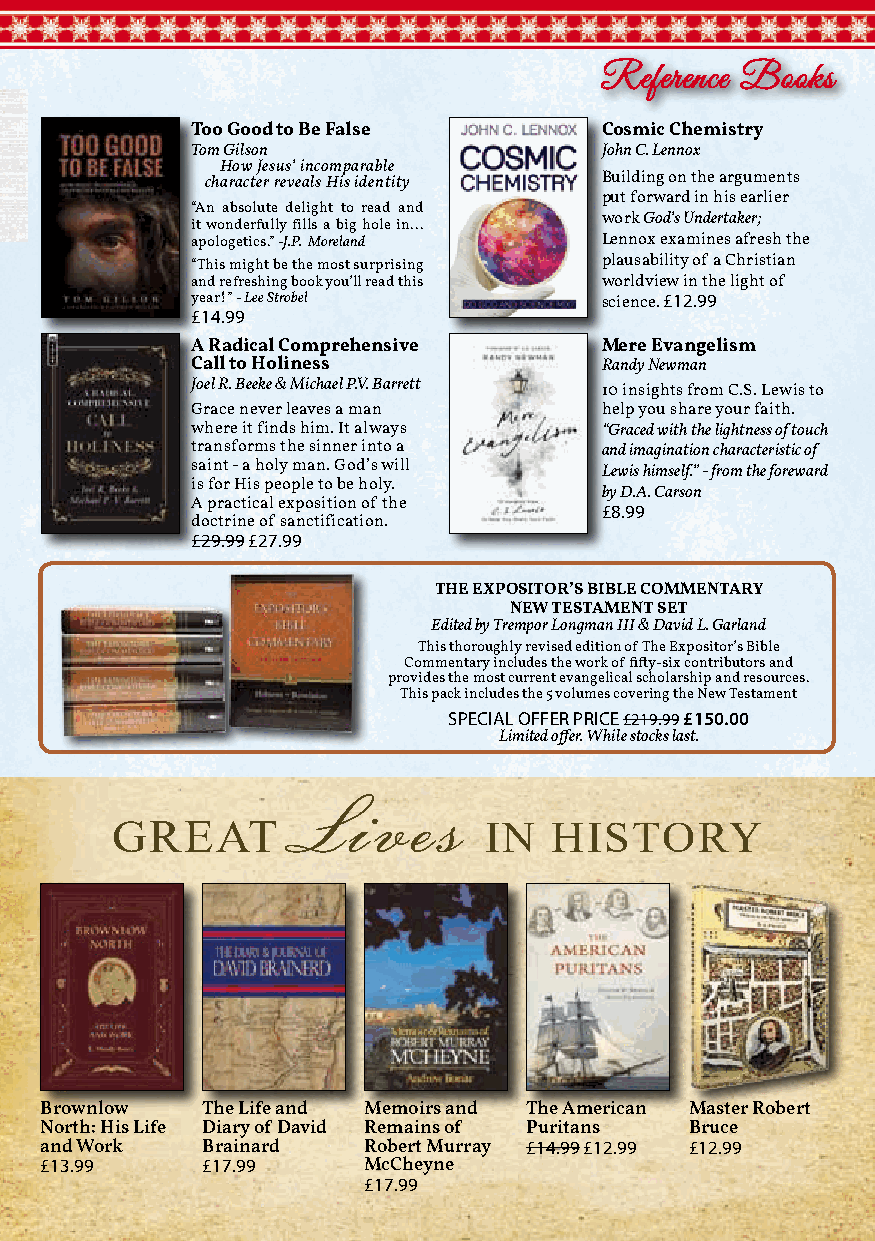
Reference Books
 Too Good to Be False       Cosmic Chemistry
 Tom Gilson                 John C. Lennox
 How Jesus’ incomparable
 character reveals His identity Building on the arguments
 put forward in his earlier
 “An absolute delight to read and
 work God’s Undertaker;
 it wonderfully fills a big hole in...
 apologetics.” -J.P. Moreland Lennox examines afresh the
 “This might be the most surprising plausability of a Christian
 and refreshing book you’ll read this worldview in the light of
 year!” - Lee Strobel       science. £12.99
 £14.99
 A Radical Comprehensive    Mere Evangelism
 Call to Holiness           Randy Newman
 Joel R. Beeke & Michael P.V. Barrett 10 insights from C.S. Lewis to
 Grace never leaves a man   help you share your faith.
 where it finds him. It always “Graced with the lightness of touch
 transforms the sinner into a and imagination characteristic of
 saint - a holy man. God’s will
 Lewis himself.” - from the foreward
 is for His people to be holy.
 by D.A. Carson
 A practical exposition of the £8.99
 doctrine of sanctification.
 £29.99 £27.99
 THE EXpOSITOR’S BIBLE COMMENTARY
 NEW TESTAMENT SET
 Edited by Trempor Longman III & David L. Garland
 This thoroughly revised edition of The Expositor’s Bible
 Commentary includes the work of fifty-six contributors and
 provides the most current evangelical scholarship and resources.
 This pack includes the 5 volumes covering the New Testament
 SPECIAL OFFER PRICE £219.99 £150.00
 Limited offer. While stocks last.
 Lives
 GREAT                    IN   HISTORY
 Brownlow  The Life and Memoirs and The American Master Robert
 North: His Life Diary of David Remains of Puritans Bruce
 and Work  Brainard   Robert Murray £14.99 £12.99 £12.99
 £13.99    £17.99     McCheyne
 £17.99
 Free UK Postage on orders over £20.00 21